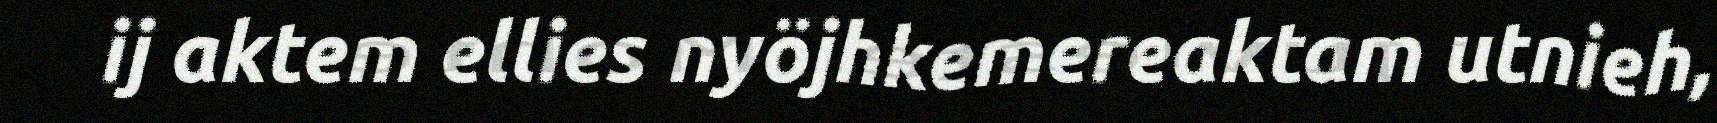
ij aktem ellies nyöjhkemereaktam utnieh,